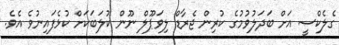
ގެލެކްސީ އަށް ބަދަލުވުމުގެ ކުރިން ޖެރާޑް ލިވަޕޫލް ނޫން ކުލަބަކަށް ކުޅެފައިނުވެ އެވެ.